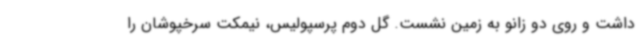
داشت و روی دو زانو به زمین نشست. گل دوم پرسپولیس، نیمکت سرخپوشان را